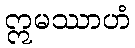
ဣမဿာဟံ